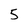
Character: 5